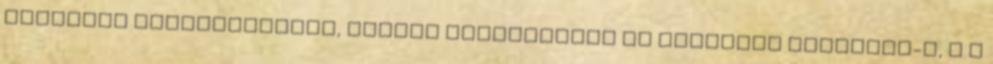
szekrény sérülésmentes, ajtaja megfelelõen és szabadon nyitható-e, e a